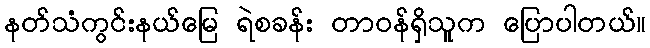
နတ်သံကွင်းနယ်မြေ ရဲစခန်း တာဝန်ရှိသူက ပြောပါတယ်။